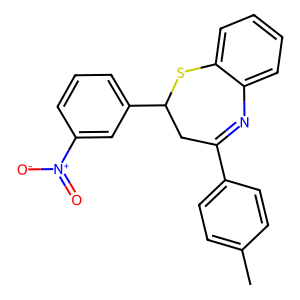
SMILES: Cc1ccc(C2=Nc3ccccc3SC(c3cccc([N+](=O)[O-])c3)C2)cc1
Inhibits HIV replication: No